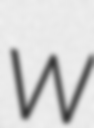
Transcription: W